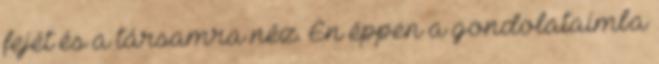
fejét és a társamra néz. Én éppen a gondolataimba